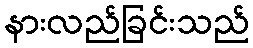
နားလည်ခြင်းသည်